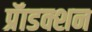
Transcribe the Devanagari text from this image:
प्रॅाडक्शन